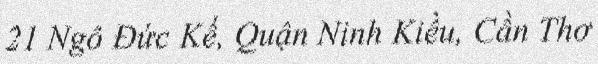
21 Ngô Đức Kế, Quận Ninh Kiều, Cần Thơ